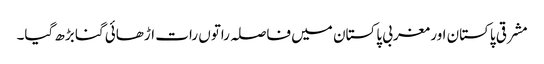
مشرقی پاکستان اور مغربی پاکستان میں فاصلہ راتوں رات اڑھائی گنا بڑھ گیا۔